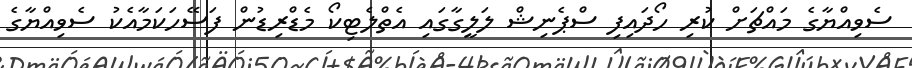
ސެވިއްޔާގެ މައްޗަށް ކުރި ހޯދައިފި ސްޕެނިޝް ލަލީގާގައި އެތްލެޓިކޯ މެޑްރިޑުން ފަސޭހަކަމާއެކު ސެވިއްޔާގެ